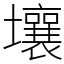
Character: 壤